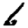
Digit: 6